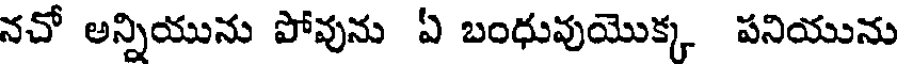
నచో అన్నియును పోవును ఏ బంధువుయొక్క పనియును